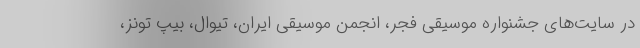
در سایت‌های جشنواره موسیقی فجر، انجمن موسیقی ایران، تیوال، بیپ تونز،